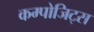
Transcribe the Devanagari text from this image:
कम्पोजिट्स